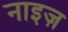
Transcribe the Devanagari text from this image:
नाइज़